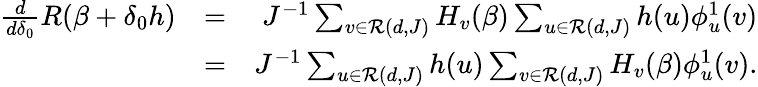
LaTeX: \begin{array}{rlr}{\frac{d}{d\delta_{0}}R(\beta+\delta_{0}h)}&{=}&{J^{-1}\sum_{v\in{\cal R}(d,J)}H_{v}(\beta)\sum_{u\in{\cal R}(d,J)}h(u)\phi_{u}^{1}(v)}\\ &{=}&{J^{-1}\sum_{u\in{\cal R}(d,J)}h(u)\sum_{v\in{\cal R}(d,J)}H_{v}(\beta)\phi_{u}^{1}(v).}\end{array}